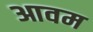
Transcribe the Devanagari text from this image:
आवम